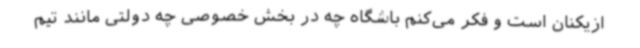
ازیکنان است و فکر می‌کنم باشگاه چه در بخش خصوصی چه دولتی مانند تیم